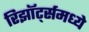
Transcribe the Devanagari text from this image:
रिझॉर्ट्‍समध्ये